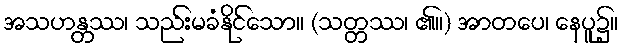
အသဟန္တဿ၊ သည်းမခံနိုင်သော။ (သတ္တဿ၊ ၏။) အာတပေ၊ နေပူ၌။